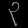
Digit: ၃